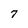
Character: 7